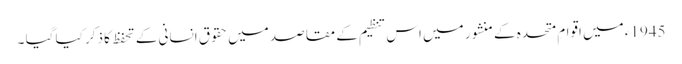
1945ء میں اقوامِ متحدہ کے منشور میں اس تنظیم کے مقاصد میں حقوقِ انسانی کے تحفظ کا ذکر کیا گیا ۔